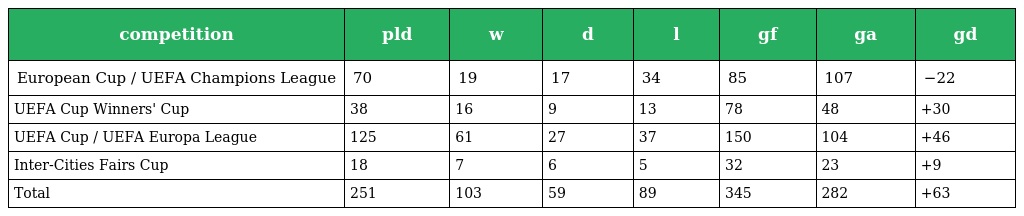
| competition | pld | w | d | l | gf | ga | gd |
 | --- | --- | --- | --- | --- | --- | --- | --- |
 | European Cup / UEFA Champions League | 70 | 19 | 17 | 34 | 85 | 107 | −22 |
 | UEFA Cup Winners' Cup | 38 | 16 | 9 | 13 | 78 | 48 | +30 |
 | UEFA Cup / UEFA Europa League | 125 | 61 | 27 | 37 | 150 | 104 | +46 |
 | Inter-Cities Fairs Cup | 18 | 7 | 6 | 5 | 32 | 23 | +9 |
 | Total | 251 | 103 | 59 | 89 | 345 | 282 | +63 |